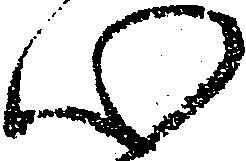
心